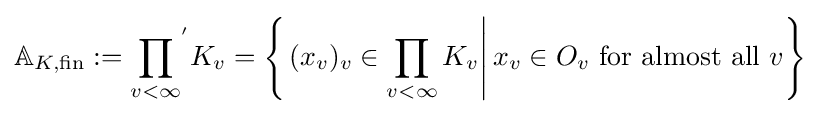
\mathbb {A} _{K,{\text{fin}}}:={\prod _{v<\infty }}^{'}K_{v}=\left\{\left.(x_{v})_{v}\in \prod _{v<\infty }K_{v}\right|x_{v}\in O_{v}{\text{ for almost all }}v\right\}